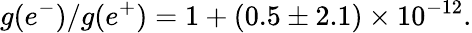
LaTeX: g(e^{-})/g(e^{+})=1+(0.5\pm 2.1)\times 10^{-12}.